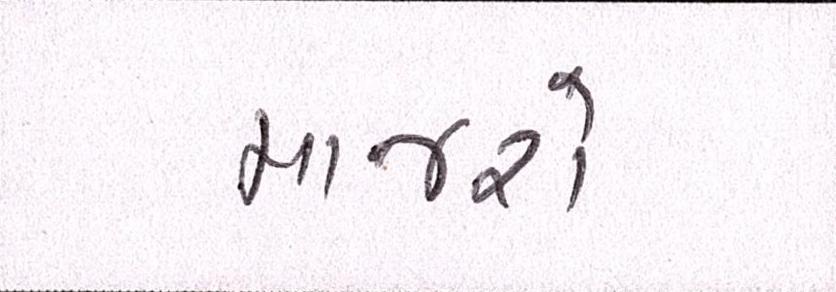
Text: માજરો